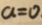
a = 0